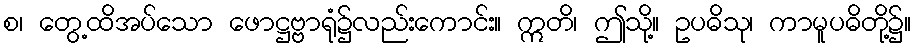
စ၊ တွေ့ထိအပ်သော ဖောဋ္ဌဗ္ဗာရုံ၌လည်းကောင်း။ ဣတိ၊ ဤသို့။ ဥပဓိသု၊ ကာမူပဓိတို့၌။